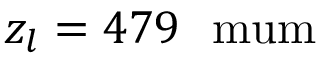
z _ { l } = 4 7 9 \ \mathrm { \ m u m }